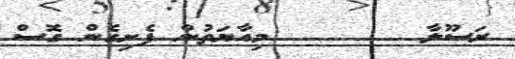
ރަސޫލާ       މިއާޔަތުން ފެށިގެން ގޮސް